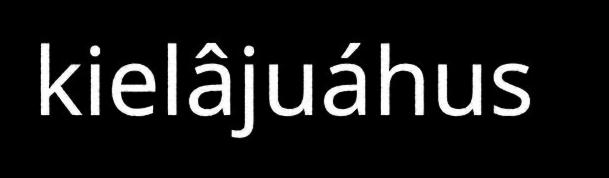
kielâjuáhus